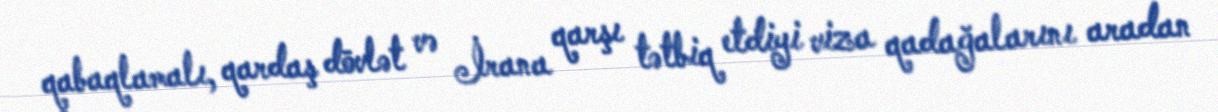
qabaqlamalı, qardaş dövlət və İrana qarşı tətbiq etdiyi viza qadağalarını aradan